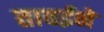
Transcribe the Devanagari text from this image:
ताबईने